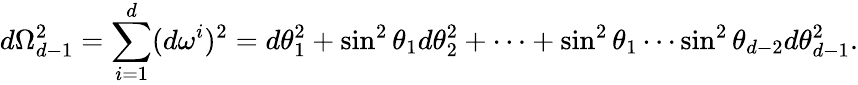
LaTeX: d\Omega_{d-1}^{2}=\sum_{i=1}^{d}(d\omega^{i})^{2}=d\theta_{1}^{2}+\sin^{2}\theta_{1}d\theta_{2}^{2}+\cdots+\sin^{2}\theta_{1}\cdots\sin^{2}\theta_{d-2}d\theta_{d-1}^{2}.